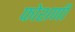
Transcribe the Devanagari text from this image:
फोशणी